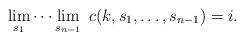
LaTeX: \begin{align*}\lim_{s_1} \cdots \lim_{s_{n-1}}~c(k,s_1,\ldots,s_{n-1}) = i.\end{align*}